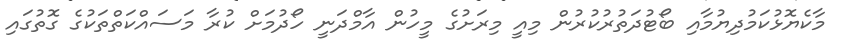
މާކެޔޮޅުކަމުދިޔުމާއި ބޯޓުދަތުރުކުރުން މިއީ މިރަށުގެ މީހުން އާމްދަނީ ހޯދުމަށް ކުރާ މަސައްކަތްތަކުގެ ގޮތުގައި